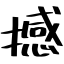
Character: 撼